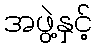
အဖွဲ့နှင့်